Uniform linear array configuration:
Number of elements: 48
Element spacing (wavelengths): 0.25
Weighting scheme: uniform
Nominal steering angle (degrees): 15
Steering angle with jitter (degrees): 15.686
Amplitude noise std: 0.05
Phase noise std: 0.05

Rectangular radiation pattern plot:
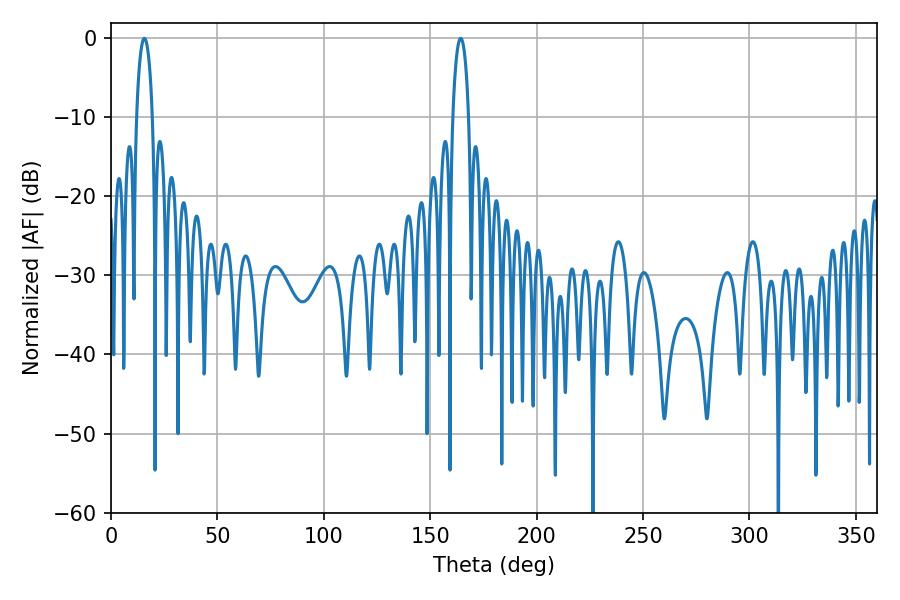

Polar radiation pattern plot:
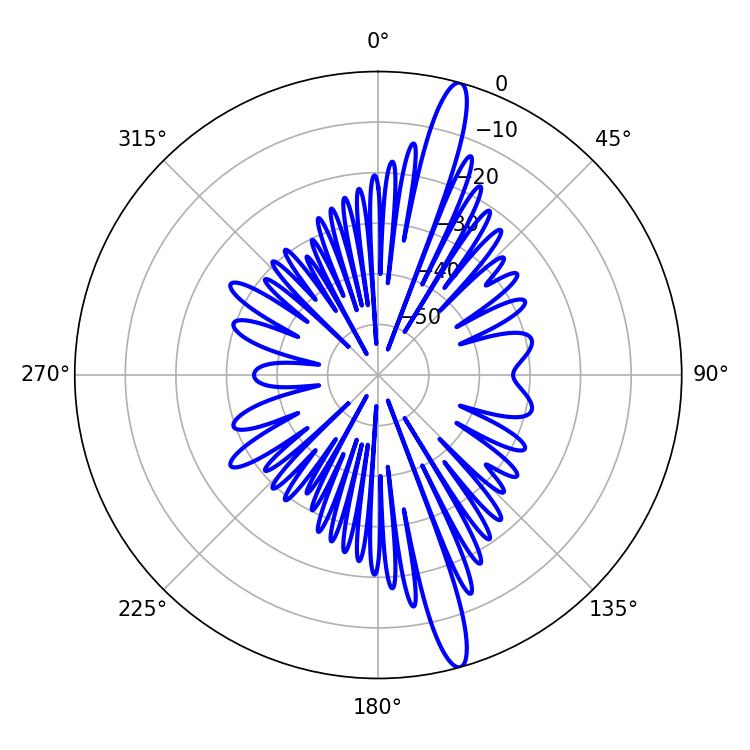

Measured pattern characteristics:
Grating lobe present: FALSE
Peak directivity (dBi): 16.328
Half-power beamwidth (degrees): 4.32
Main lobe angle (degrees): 15.66